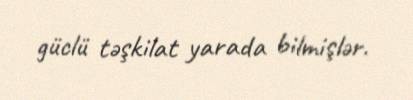
güclü təşkilat yarada bilmişlər.